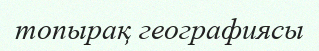
топырақ географиясы